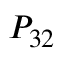
P _ { 3 2 }